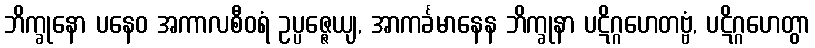
ဘိက္ခုနော ပနေဝ အကာလစီဝရံ ဥပ္ပဇ္ဇေယျ, အာကင်္ခမာနေန ဘိက္ခုနာ ပဋိဂ္ဂဟေတဗ္ဗံ, ပဋိဂ္ဂဟေတွာ